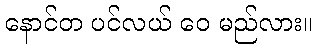
နောင်တ ပင်လယ် ဝေ မည်လား။